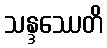
သန္ဒဿေတိ